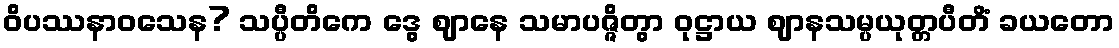
ဝိပဿနာဝသေန? သပ္ပီတိကေ ဒွေ ဈာနေ သမာပဇ္ဇိတွာ ဝုဋ္ဌာယ ဈာနသမ္ပယုတ္တပီတိံ ခယတော